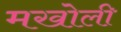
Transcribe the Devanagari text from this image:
मखोली